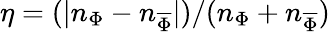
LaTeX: \eta=(|n_{\Phi}-n_{\overline{{\Phi}}}|)/(n_{\Phi}+n_{\overline{{\Phi}}})